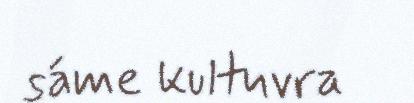
sáme kultuvra